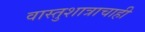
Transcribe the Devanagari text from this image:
वास्तुशात्राचाही